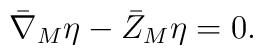
{\bar{\nabla}}_{M}\eta-{\bar{Z}}_{M}\eta=0 .